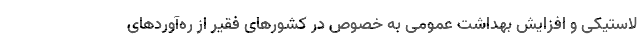
لاستیکی و افزایش بهداشت عمومی به خصوص در کشورهای فقیر از ره‌آوردهای